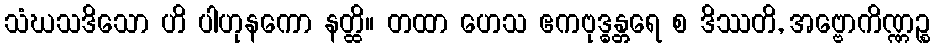
သံဃသဒိသော ဟိ ပါဟုနကော နတ္ထိ။ တထာ ဟေသ ဧကဗုဒ္ဓန္တရေ စ ဒိဿတိ, အဗ္ဗောကိဏ္ဏဉ္စ